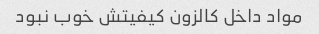
مواد داخل کالزون کیفیتش خوب نبود